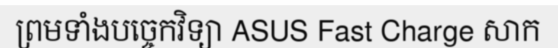
ព្រមទាំងបច្ចេកវិទ្យា ASUS Fast Charge សាក